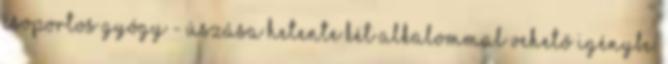
csoportos gyógy - úszása hetente két alkalommal vehető igénybe.